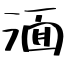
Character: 湎